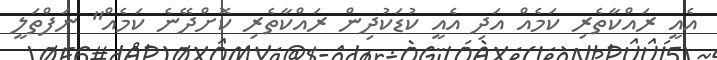
އެއީ ރައްކާތެރި ކަމެއް އަދި އެއީ ކުޑަކުދިން ރައްކާތެރި ކޮށްދޭނެ ކަމެއް" ނަފްތަލީ